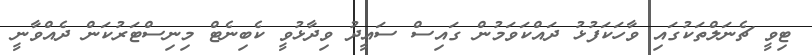
ޓިވީ ޗެނަލްތަކުގައި ވާހަކަފުޅު ދައްކަވަމުން ގައިސް ސައީދު ވިދާޅުވީ ކެބިނެޓް މިނިސްޓަރުކަން ދެއްވާނީ